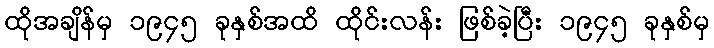
ထိုအချိန်မှ ၁၉၄၅ ခုနှစ်အထိ ထိုင်းလန်း ဖြစ်ခဲ့ပြီး ၁၉၄၅ ခုနှစ်မှ